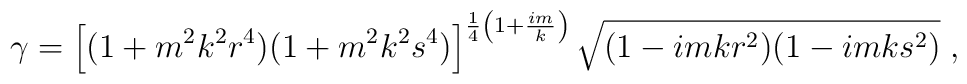
\gamma=\left[(1+m^2k^2r^4)(1+m^2k^2s^4)\right]^{\frac{1}{4}\left(1+\frac{im}{k}\right)}\sqrt{(1-imkr^2)(1-imks^2)}\;,